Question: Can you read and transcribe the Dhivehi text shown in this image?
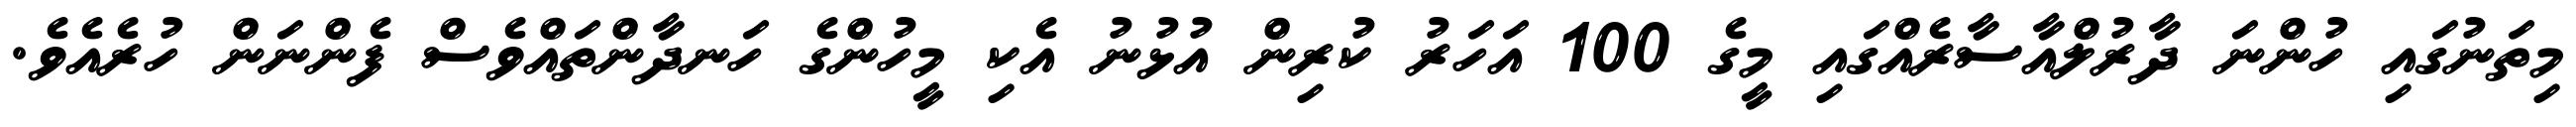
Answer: މިތަނުގައި ހުންނަ ދާރުލްއާސާރެއްގައި މީގެ 100 އަހަރު ކުރިން އުޅުނު އެކި މީހުންގެ ހަނދާންތައްވެސް ފެންނަން ހުރެއެވެ.